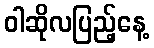
ဝါဆိုလပြည့်နေ့